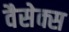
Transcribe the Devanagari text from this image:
वैसेक्स